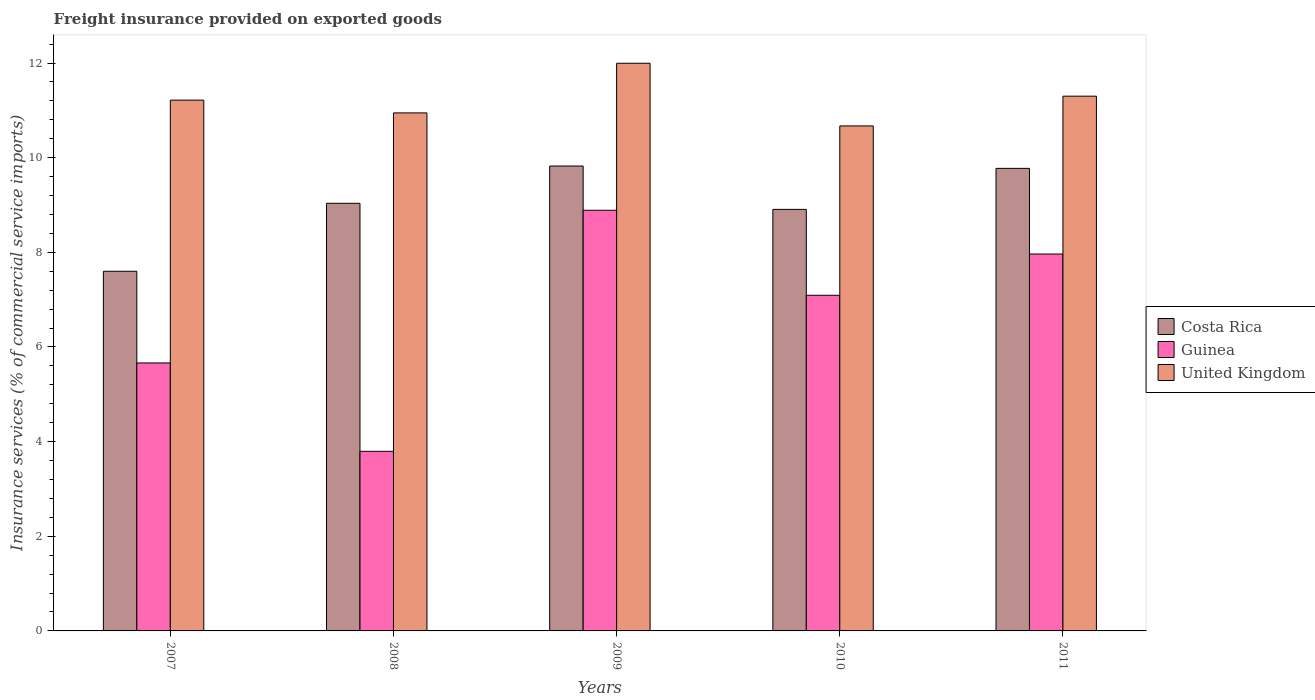
| Years | Costa Rica | Guinea | United Kingdom |
 | --- | --- | --- | --- |
 | 2007 | 7.6 | 5.66 | 11.2 |
 | 2008 | 9.04 | 3.8 | 10.9 |
 | 2009 | 9.82 | 8.89 | 12 |
 | 2010 | 8.91 | 7.09 | 10.7 |
 | 2011 | 9.77 | 7.96 | 11.3 |